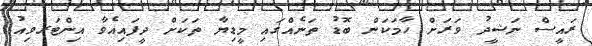
ރައީސް ނަޝީދު ވަރަށް ހާމަކަން ބޮޑު ތަނެއްގައި މީޑިޔާ ތަކަށް ދީފައިއެވާ އިންޓަރވިއު